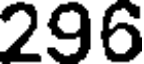
296